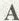
A